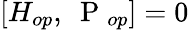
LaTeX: [H_{op},\mathrm{~\mathbf~P~}_{op}]=0